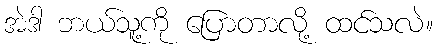
အဲဒါ ဘယ်သူ့ကို ပြောတာလို့ ထင်သလဲ။